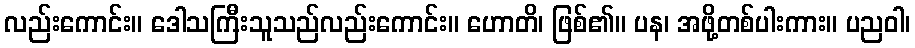
လည်းကောင်း။ ဒေါသကြီးသူသည်လည်းကောင်း။ ဟောတိ၊ ဖြစ်၏။ ပန၊ အဖို့တစ်ပါးကား။ ပညဝါ၊